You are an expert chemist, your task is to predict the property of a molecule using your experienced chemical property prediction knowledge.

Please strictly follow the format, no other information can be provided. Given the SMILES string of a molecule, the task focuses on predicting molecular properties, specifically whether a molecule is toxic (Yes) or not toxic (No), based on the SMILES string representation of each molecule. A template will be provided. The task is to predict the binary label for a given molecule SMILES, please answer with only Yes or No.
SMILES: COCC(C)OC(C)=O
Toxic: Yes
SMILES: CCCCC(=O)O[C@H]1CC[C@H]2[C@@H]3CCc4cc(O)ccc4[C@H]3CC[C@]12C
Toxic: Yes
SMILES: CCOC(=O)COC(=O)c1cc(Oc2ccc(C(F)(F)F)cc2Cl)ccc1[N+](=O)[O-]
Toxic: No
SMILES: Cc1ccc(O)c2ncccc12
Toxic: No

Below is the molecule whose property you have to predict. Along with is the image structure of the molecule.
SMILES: C=CCCCCCCCCCCC
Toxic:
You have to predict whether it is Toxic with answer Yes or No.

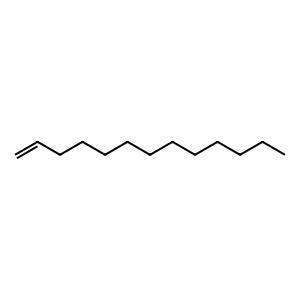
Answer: No